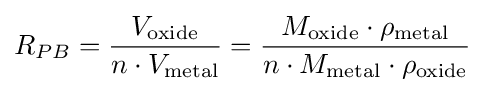
R_{PB}={\frac {V_{\text{oxide}}}{n\cdot V_{\text{metal}}}}={\frac {M_{\text{oxide}}\cdot \rho _{\text{metal}}}{n\cdot M_{\text{metal}}\cdot \rho _{\text{oxide}}}}